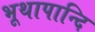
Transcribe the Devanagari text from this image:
भूथापान्दि